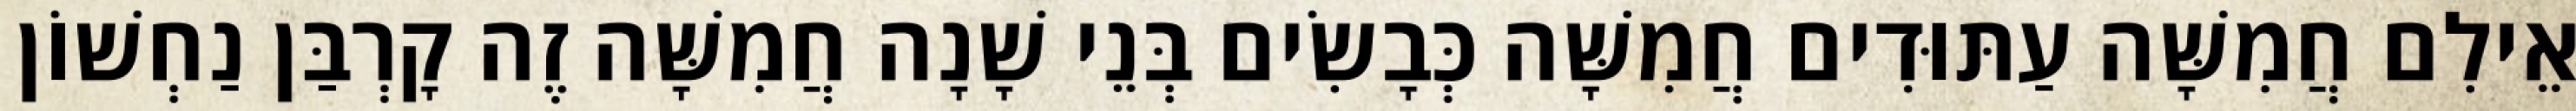
אֵילִם חֲמִשָּׁה עַתּוּדִים חֲמִשָּׁה כְּבָשִׂים בְּנֵי שָׁנָה חֲמִשָּׁה זֶה קָרְבַּן נַחְשׁוֹן